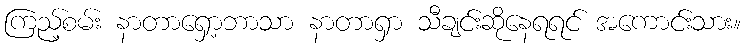
ကြည့်စမ်း နာတာရှော့ဘာသာ နာတာရှာ သီချင်းဆိုနေရရင် အကောင်းသား။